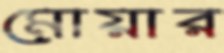
মোয়ার